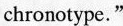
chronotype."